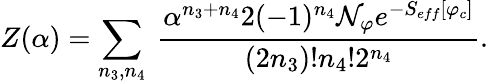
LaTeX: Z(\alpha)=\sum_{n_{3},n_{4}}\ {\frac{\alpha^{n_{3}+n_{4}}2(-1)^{n_{4}}{\cal{N}}_{\varphi}e^{-S_{eff}[\varphi_{c}]}}{(2n_{3})!n_{4}!2^{n_{4}}}}.